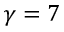
\gamma = 7